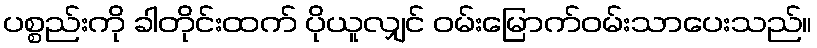
ပစ္စည်းကို ခါတိုင်းထက် ပိုယူလျှင် ဝမ်းမြောက်ဝမ်းသာပေးသည်။